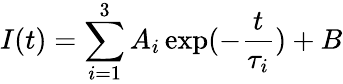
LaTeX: I(t)=\sum_{i=1}^{3}A_{i}\exp(-\frac{t}{\tau_{i}})+B